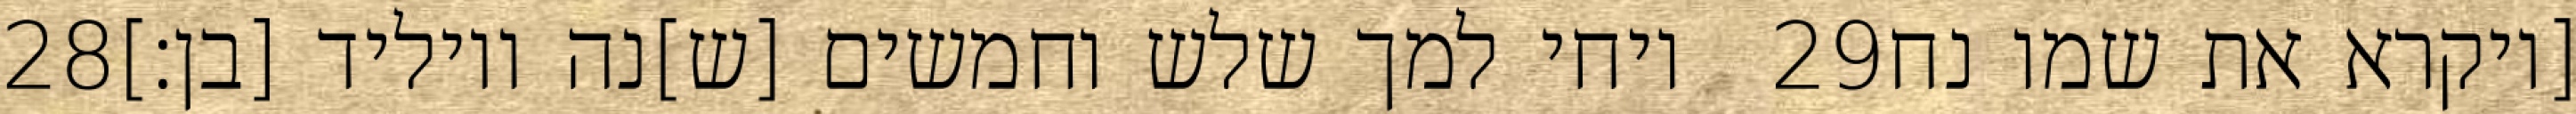
‎28‏ ויחי למך שלש וחמשים [ש]נה ויוליד [בן׃] ‎29‏ [ויקרא את שמו נח